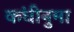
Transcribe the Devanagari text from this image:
कंघीनुमा